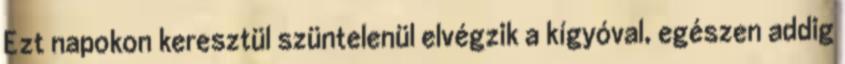
Ezt napokon keresztül szüntelenül elvégzik a kígyóval, egészen addig